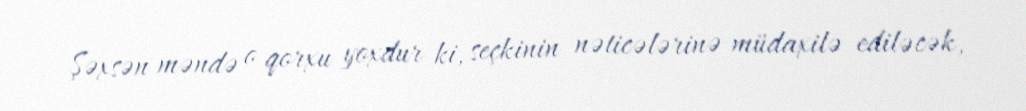
Şəxsən məndə o qorxu yoxdur ki, seçkinin nəticələrinə müdaxilə ediləcək,